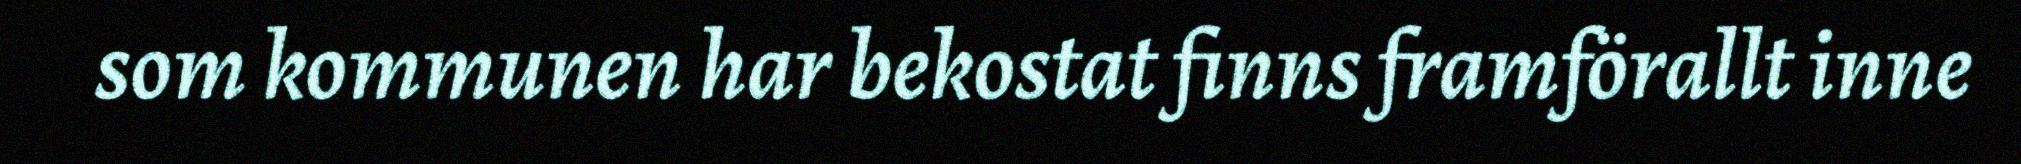
som kommunen har bekostat finns framförallt inne